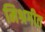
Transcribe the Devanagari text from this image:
मिश्रगीत